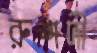
রুশদী